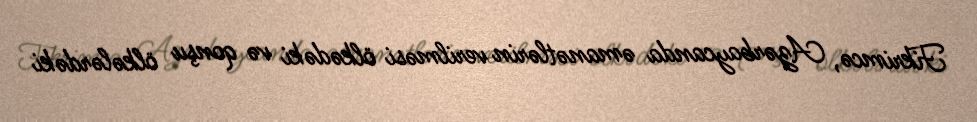
Fikrimcə, Azərbaycanda əmanətlərin verilməsi ölkədəki və qonşu ölkələrdəki